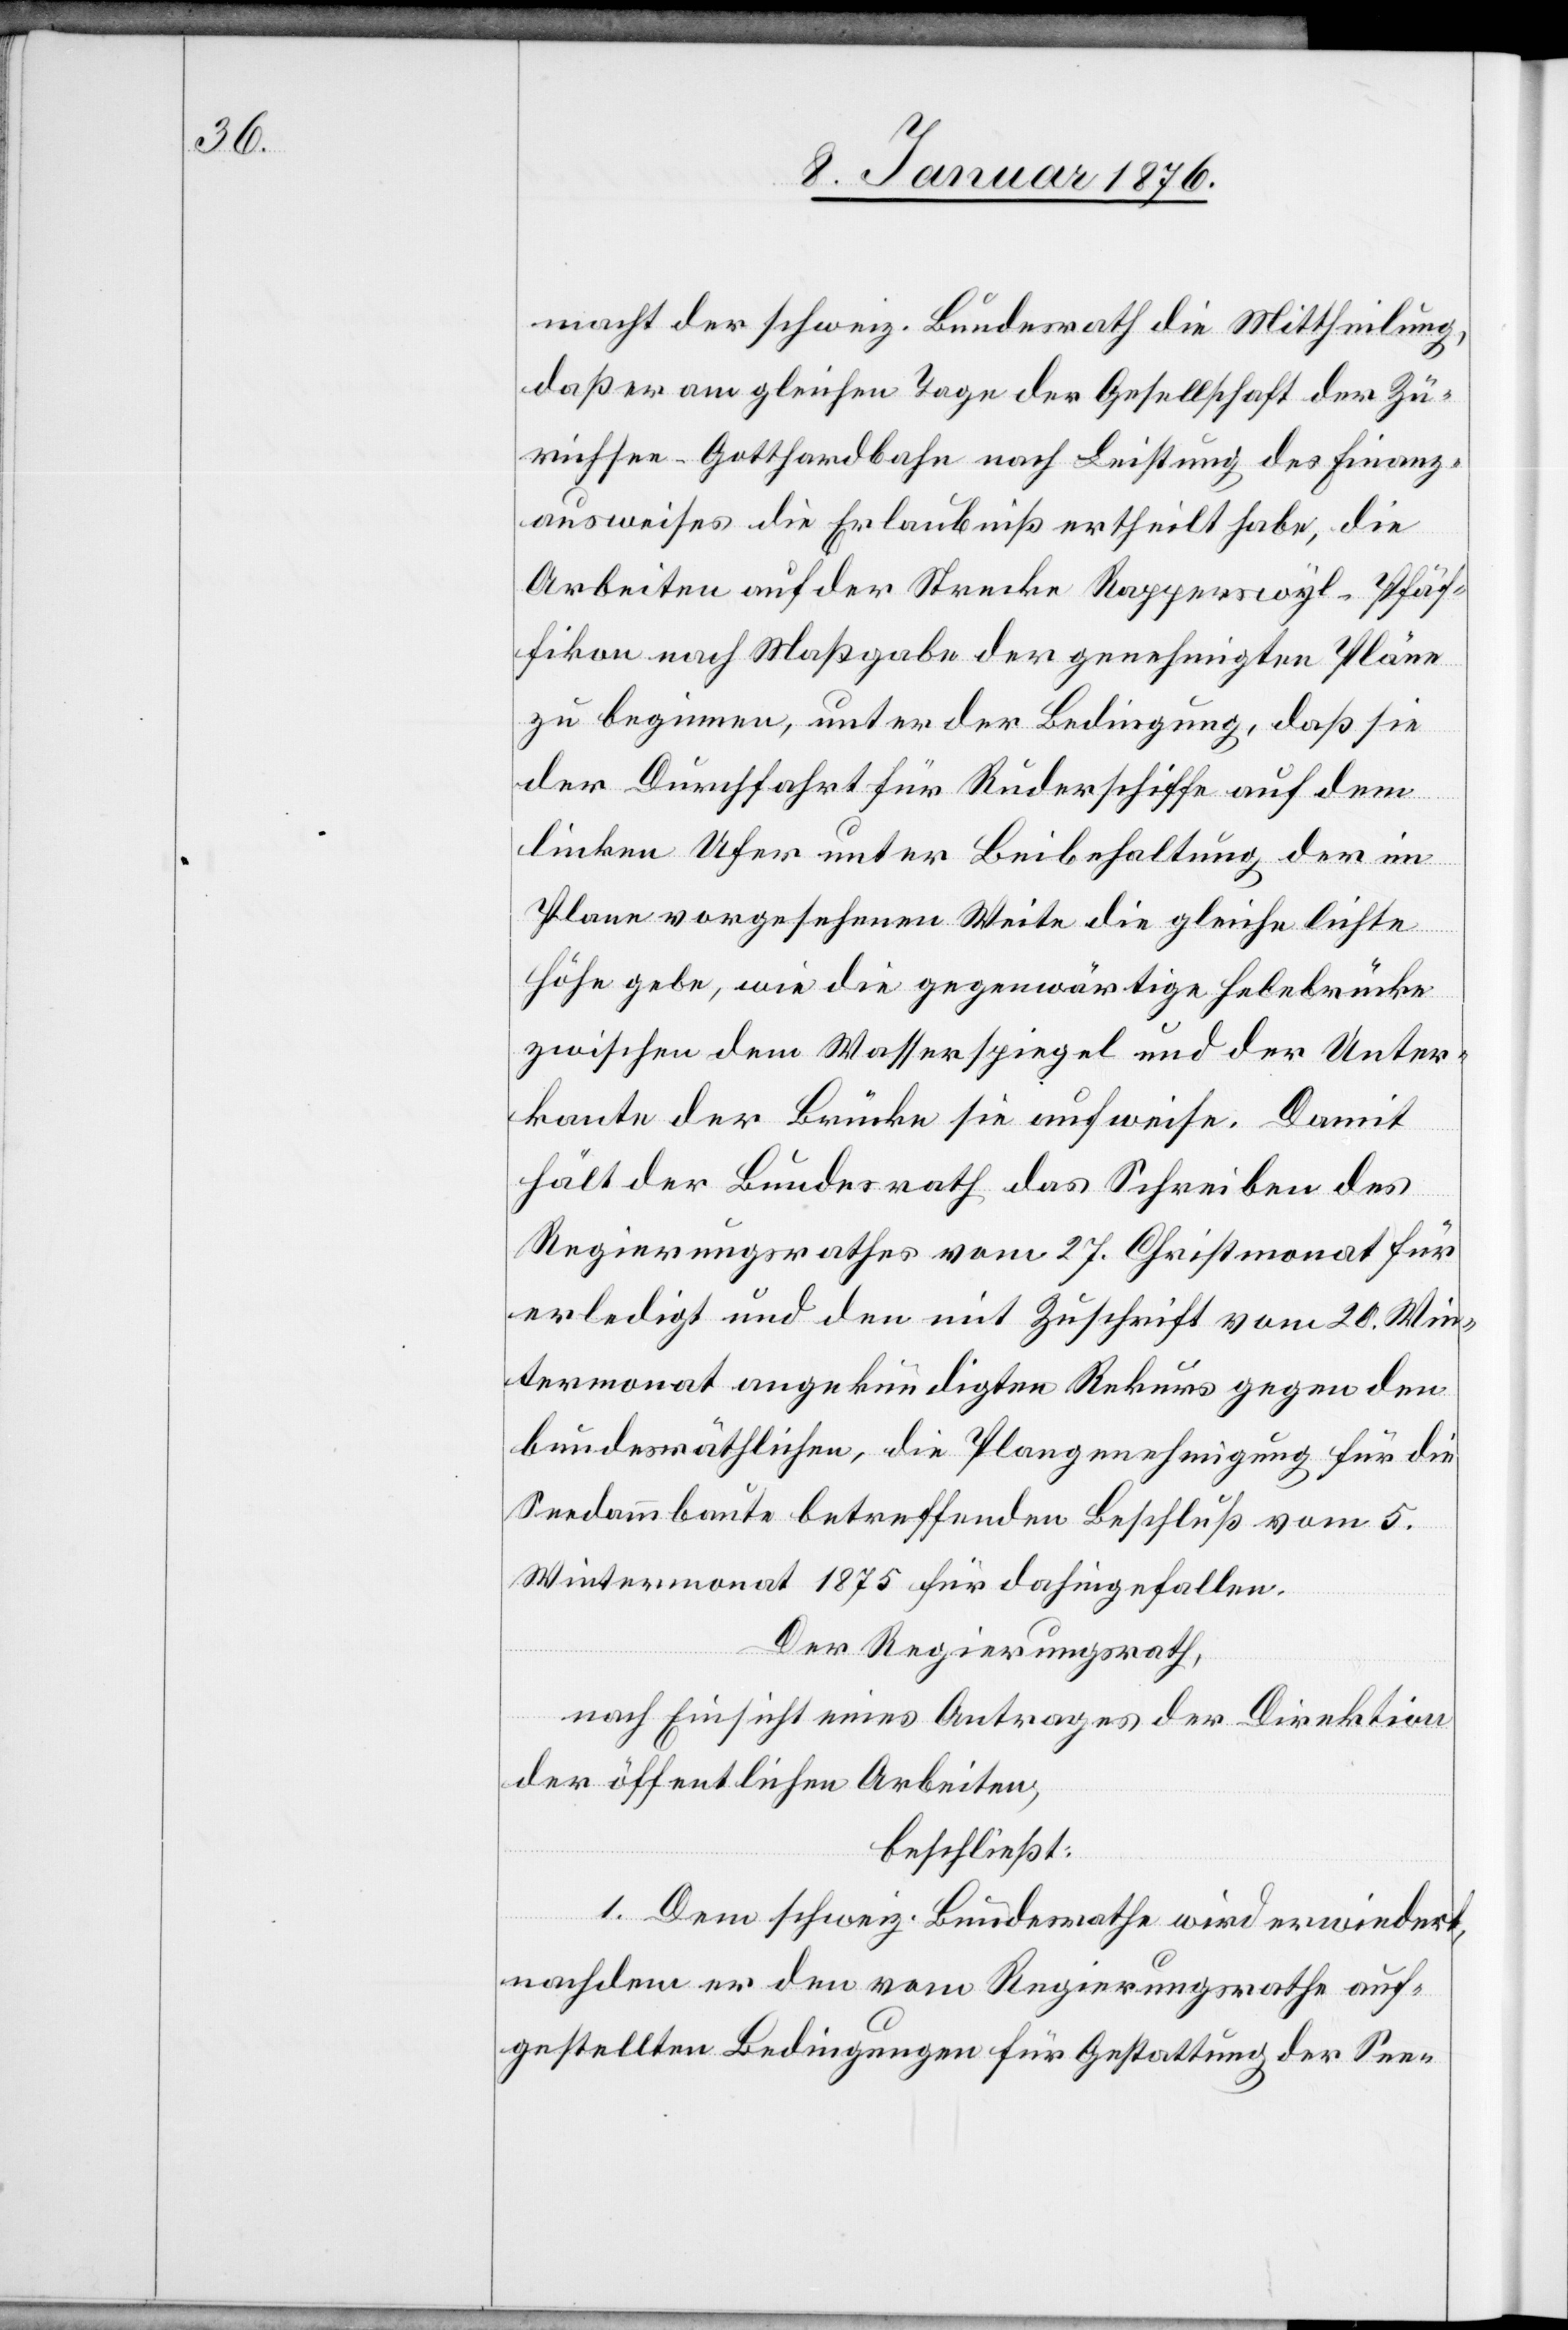
macht der schweiz. Bundesrath die Mittheilung,
daß er am gleichen Tage der Gesellschaft der Zü¬
richsee-Gotthardbahn nach Leistung des Finanz¬
ausweises die Erlaubniß ertheilt habe, die
Arbeiten auf der Strecke Rapperswyl-Pfäf¬
fikon nach Maßgabe der genehmigten Pläne
zu beginnen, unter der Bedingung, daß sie
der Durchfahrt für Ruderschiffe auf dem
linken Ufer unter Beibehaltung der im
Plane vorgesehenen Weite die gleiche leichte
Höhe gebe, wie die gegenwärtige Hebebrücke
zwischen dem Wasserspiegel und der Unter¬
kante der Brücke sie aufweise. Damit
hält der Bundesrath das Schreiben des
Regierungsrathes vom 27. Christmonat für
erledigt und den mit Zuschrift vom 20. Win¬
termonat angekündigten Rekurs gegen den
bundesräthlichen, die Plangenehmigung für die
Seedammbaute betreffenden Beschluß vom 5.
Wintermonat 1875 für dahingefallen.
Der Regierungsrath,
nach Einsicht eines Antrages der Direktion
der öffentlichen Arbeiten,
beschließt:
1. Dem schweiz. Bundesrathe wird erwiedert,
nachdem er den vom Regierungsrathe auf¬
gestellten Bedingungen für Gestaltung der See-